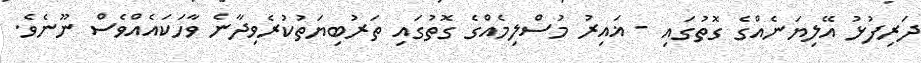
ދަރިފުޅު އޭލިޔަނެއްގެ ގޮތުގައި - ޣައިރު މުސްލިމެއްގެ ގޮތުގައި ތަރުބިޔަތުކުރެވިދާނެ ވާހަކައެއްވެސް ނޫނެވެ.